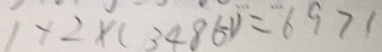
1 + 2 \times ( 3 4 8 6 - 1 ) = 6 9 7 1